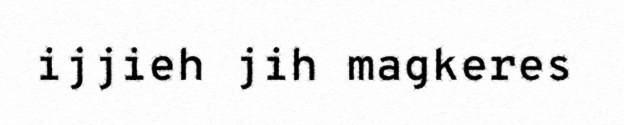
ijjieh jih magkeres